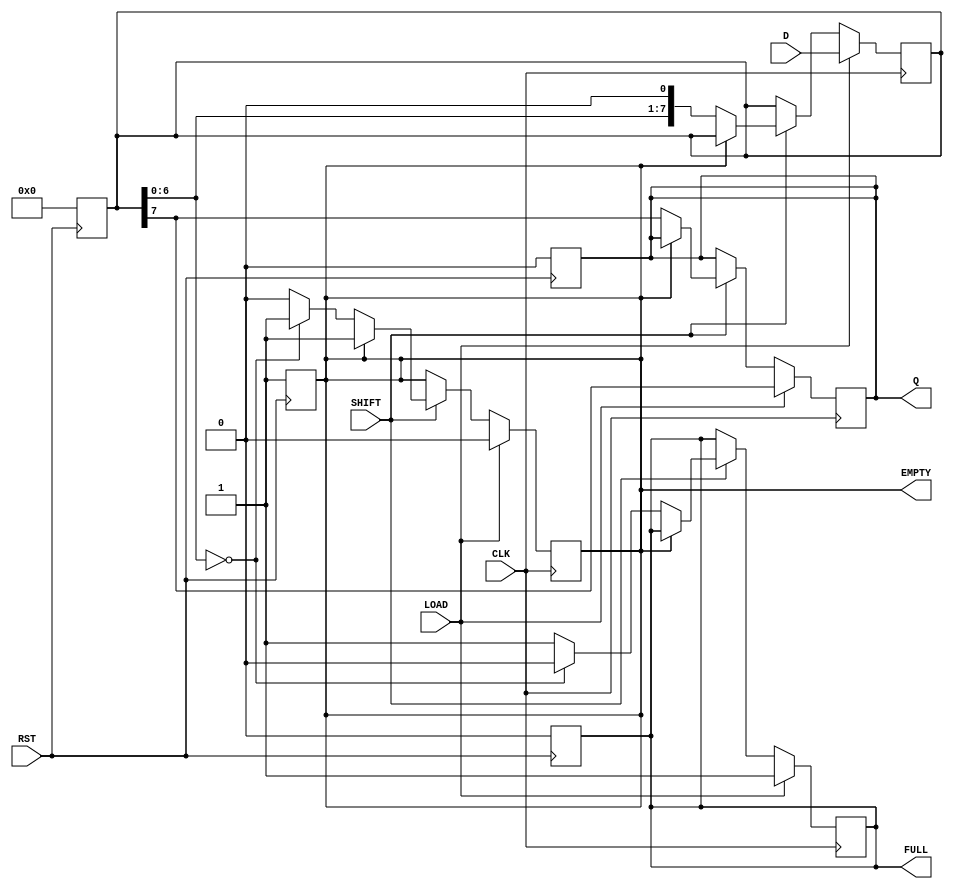
module PISO_Register #(
    parameter N = 8  // Number of parallel bits
)(
    input wire [N-1:0] D,      // Parallel Data Input
    input wire LOAD,           // Load Control Signal
    input wire SHIFT,          // Shift Control Signal
    input wire CLK,            // Clock Input
    input wire RST,            // Asynchronous Reset
    output reg Q,              // Serial Output
    output reg EMPTY,          // Empty Flag
    output reg FULL            // Full Flag
);

    reg [N-1:0] shift_reg;     // Shift Register to hold the data

    // Asynchronous Reset
    always @(posedge RST) begin
        shift_reg <= {N{1'b0}}; // Clear the shift register
        Q <= 1'b0;              // Clear the serial output
        EMPTY <= 1'b1;          // Set EMPTY flag
        FULL <= 1'b0;           // Clear FULL flag
    end

    // Main operation
    always @(posedge CLK) begin
        if (LOAD) begin
            shift_reg <= D;      // Load parallel data into the shift register
            Q <= shift_reg[N-1]; // Output the MSB
            EMPTY <= 1'b0;       // Clear EMPTY flag
            FULL <= 1'b1;        // Set FULL flag
        end else if (SHIFT) begin
            if (!EMPTY) begin
                Q <= shift_reg[N-1]; // Output the MSB
                shift_reg <= {shift_reg[N-2:0], 1'b0}; // Shift right
                // Update EMPTY and FULL flags
                if (shift_reg[N-2:0] == {N-1{1'b0}}) begin
                    EMPTY <= 1'b1;   // Set EMPTY flag if all bits are shifted out
                    FULL <= 1'b0;    // Clear FULL flag
                end else begin
                    EMPTY <= 1'b0;   // Clear EMPTY flag
                    FULL <= 1'b1;    // Set FULL flag
                end
            end
        end
    end

endmodule